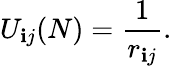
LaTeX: U_{\mathbf{i}j}(N)={\frac{{1}}{{r_{\mathbf{i}j}}}}.